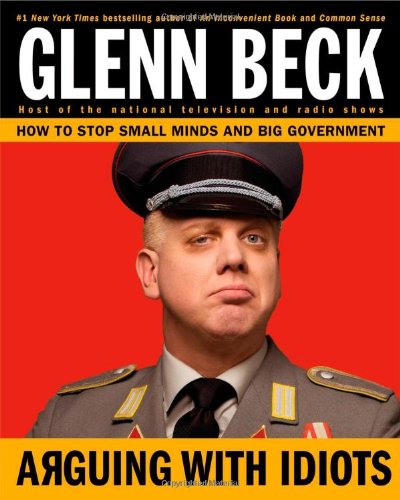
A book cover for Arguing with Idiots: How to Stop Small Minds and Big Government; Glenn Beck; Humor & Entertainment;